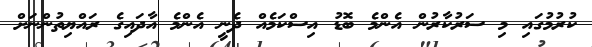
ކުރުމުގައި މި ސަރުކާރުން އެންމެ ބޮޑު އިސްކަމެއް ދެނީ އެންމެ އާދައިގެ ރައްޔިތުންނަށް